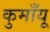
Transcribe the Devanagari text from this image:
कुमाँयू